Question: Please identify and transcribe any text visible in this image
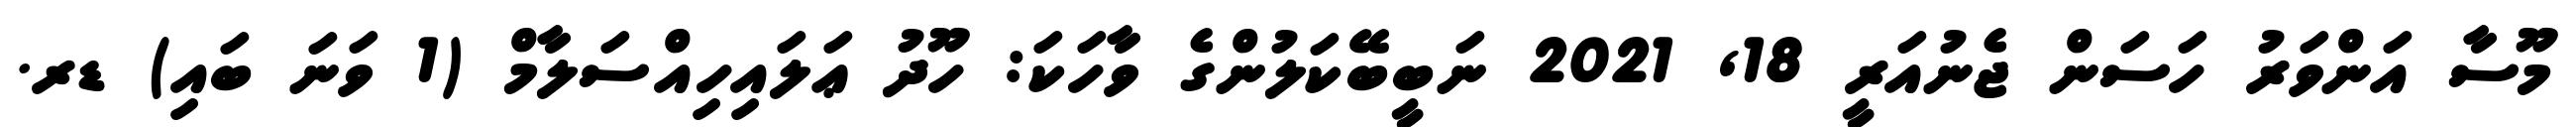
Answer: މޫސާ އަންވަރު ހަސަން ޖެނުއަރީ 18, 2021 ނަބީބޭކަލުންގެ ވާހަކަ: ހޫދު ޢަލައިހިއްސަލާމް (1 ވަނަ ބައި) ޑރ.